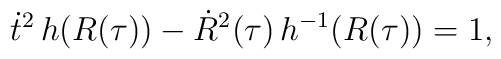
\dot{t}^2\, h(R(\tau ))-\dot{R}^2(\tau) \, h^{-1} (R(\tau ))=1,